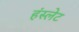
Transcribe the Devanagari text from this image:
हंस्लेट